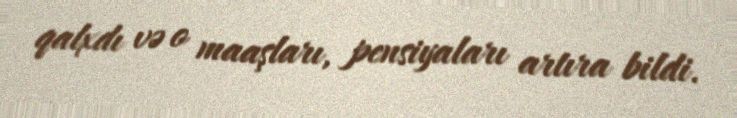
qalxdı və o maaşları, pensiyaları artıra bildi.